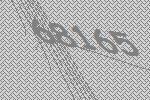
68165